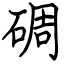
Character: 碉